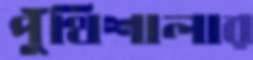
পুঁথিশালার